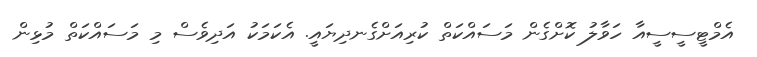
އެމްޓީސީސީއާ ހަވާލު ކޮށްގެން މަސައްކަތް ކުރިއަށްގެނދިޔައީ. އެކަމަކު އަދިވެސް މި މަސައްކަތް މުޅިން